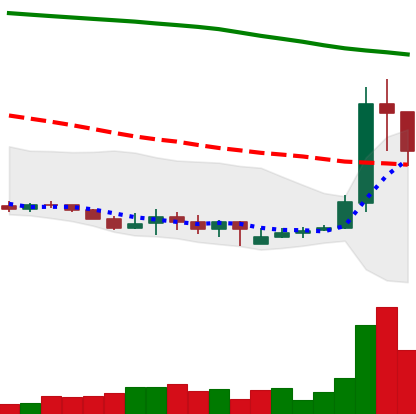
Ticker: XLM-USD
Chart end date: 2019-09-20
Forward return: -22.856%
Label: down_7plus